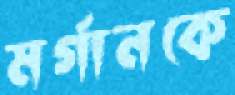
মর্গানকে